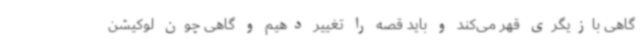
گاهی بازیگری قهر می‌کند و باید قصه را تغییر دهیم و گاهی چون لوکیشن